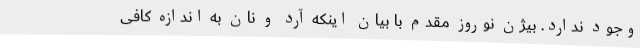
وجود ندارد. بیژن نوروز مقدم با بیان اینکه آرد و نان به اندازه کافی